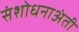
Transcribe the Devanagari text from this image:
संशोधनाअंती